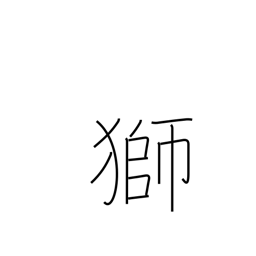
Meaning: lion